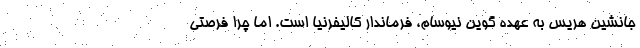
جانشین هریس به عهده گوین نیوسام، فرماندار کالیفرنیا است. اما چرا فرصتی